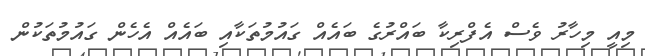
މިއީ މިހާރު ވެސް އެފްރިކާ ބައްރުގެ ބައެއް ގައުމުތަކާއި ބައެއް އެހެން ގައުމުތަކުން